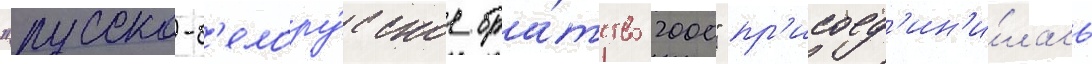
"русско-б'елору́сское бра́тство 2000" пр'исоед'ин'и́лась